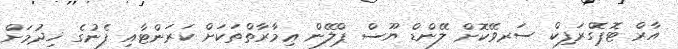
އާރް ޓޮޕޮގްރަފިކް ސަރވޭކޮށް ލޭންޑް ޔޫސް ޕްލޭން ޢިމާރާތްތަކަށް ކަރަންޓާއި ފެނުގެ ޚިދުމަށް